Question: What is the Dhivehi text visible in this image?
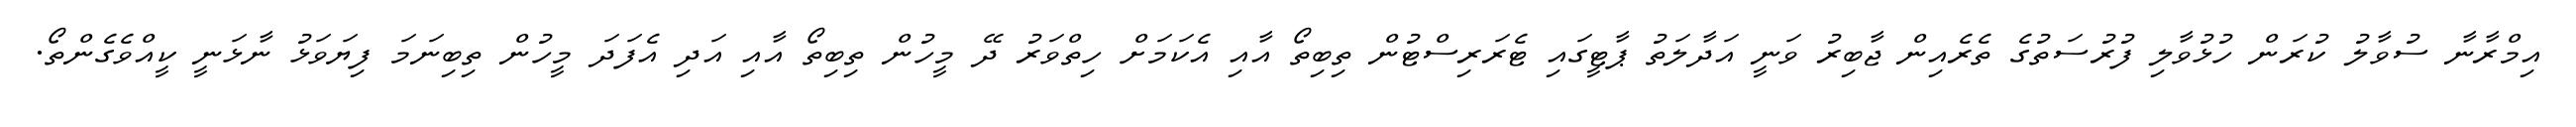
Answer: އިމްރާނާ ސުވާލު ކުރަން ހުޅުވާލި ފުރުސަތުގެ ތެރެއިން ޖާބިރު ވަނީ އަދާލަތު ޕާޓީގައި ޓެރަރިސްޓުން ތިބިތޯ އާއި އެކަމަށް ހިތްވަރު ދޭ މީހުން ތިބިތޯ އާއި އަދި އެފަދަ މީހުން ތިބިނަމަ ފިޔަވަޅު ނާޅަނީ ކީއްވެގެންތޯ.